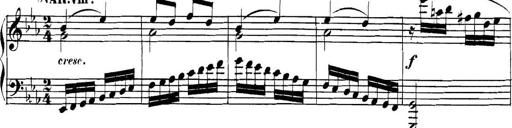
Title: Collected Piano Sonatas
Composer: Muzio Clementi